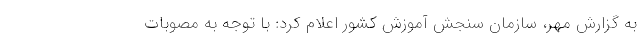
به گزارش مهر، سازمان سنجش آموزش کشور اعلام کرد: با توجه به مصوبات